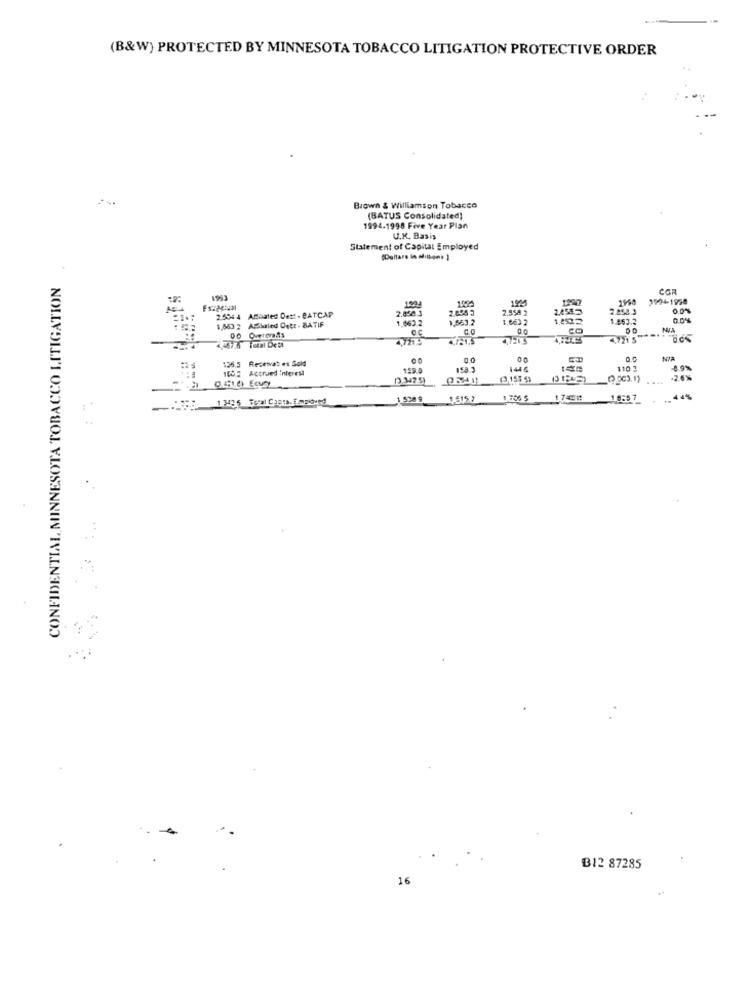
(B&W) PROTECTED BY MINNESOTA TOBACCO LITIGATION PROTECTIVE ORDER
Brown & Williamson Tobacco
(BATUS Consolidated)
1994.1998 Five Year Plan
U.K. Basis
Statement of Capital Employed
CONFIDENTIAL MINNESOTA TOBACCO LITIGATION
COR
1297
2994-1998
2.450 3
1904
2.094 3
2,558 2
2.25.8.3
2.5044 ABbated Dest . BATCAP
1,663 2 AMMaled Dett- BATIF
1.663.2
1,563.2
1,6632
1.252
1.853.2
0.0%
00
CO
NA
4.721.5
4,720,5
4.721 5
135,5 Recetvat es Sold
1055 Accrued Interest
159.
146
110 3
4.9%
[ 3425)
(.003.11
-26%
P 13436 Teral Capta. Employed
15389 1.515.7
10:57
44%
..
B12 87285
16